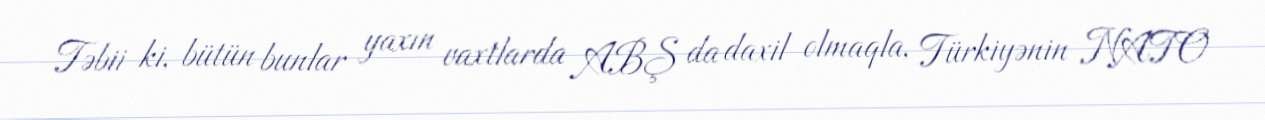
Təbii ki, bütün bunlar yaxın vaxtlarda ABŞ da daxil olmaqla, Türkiyənin NATO